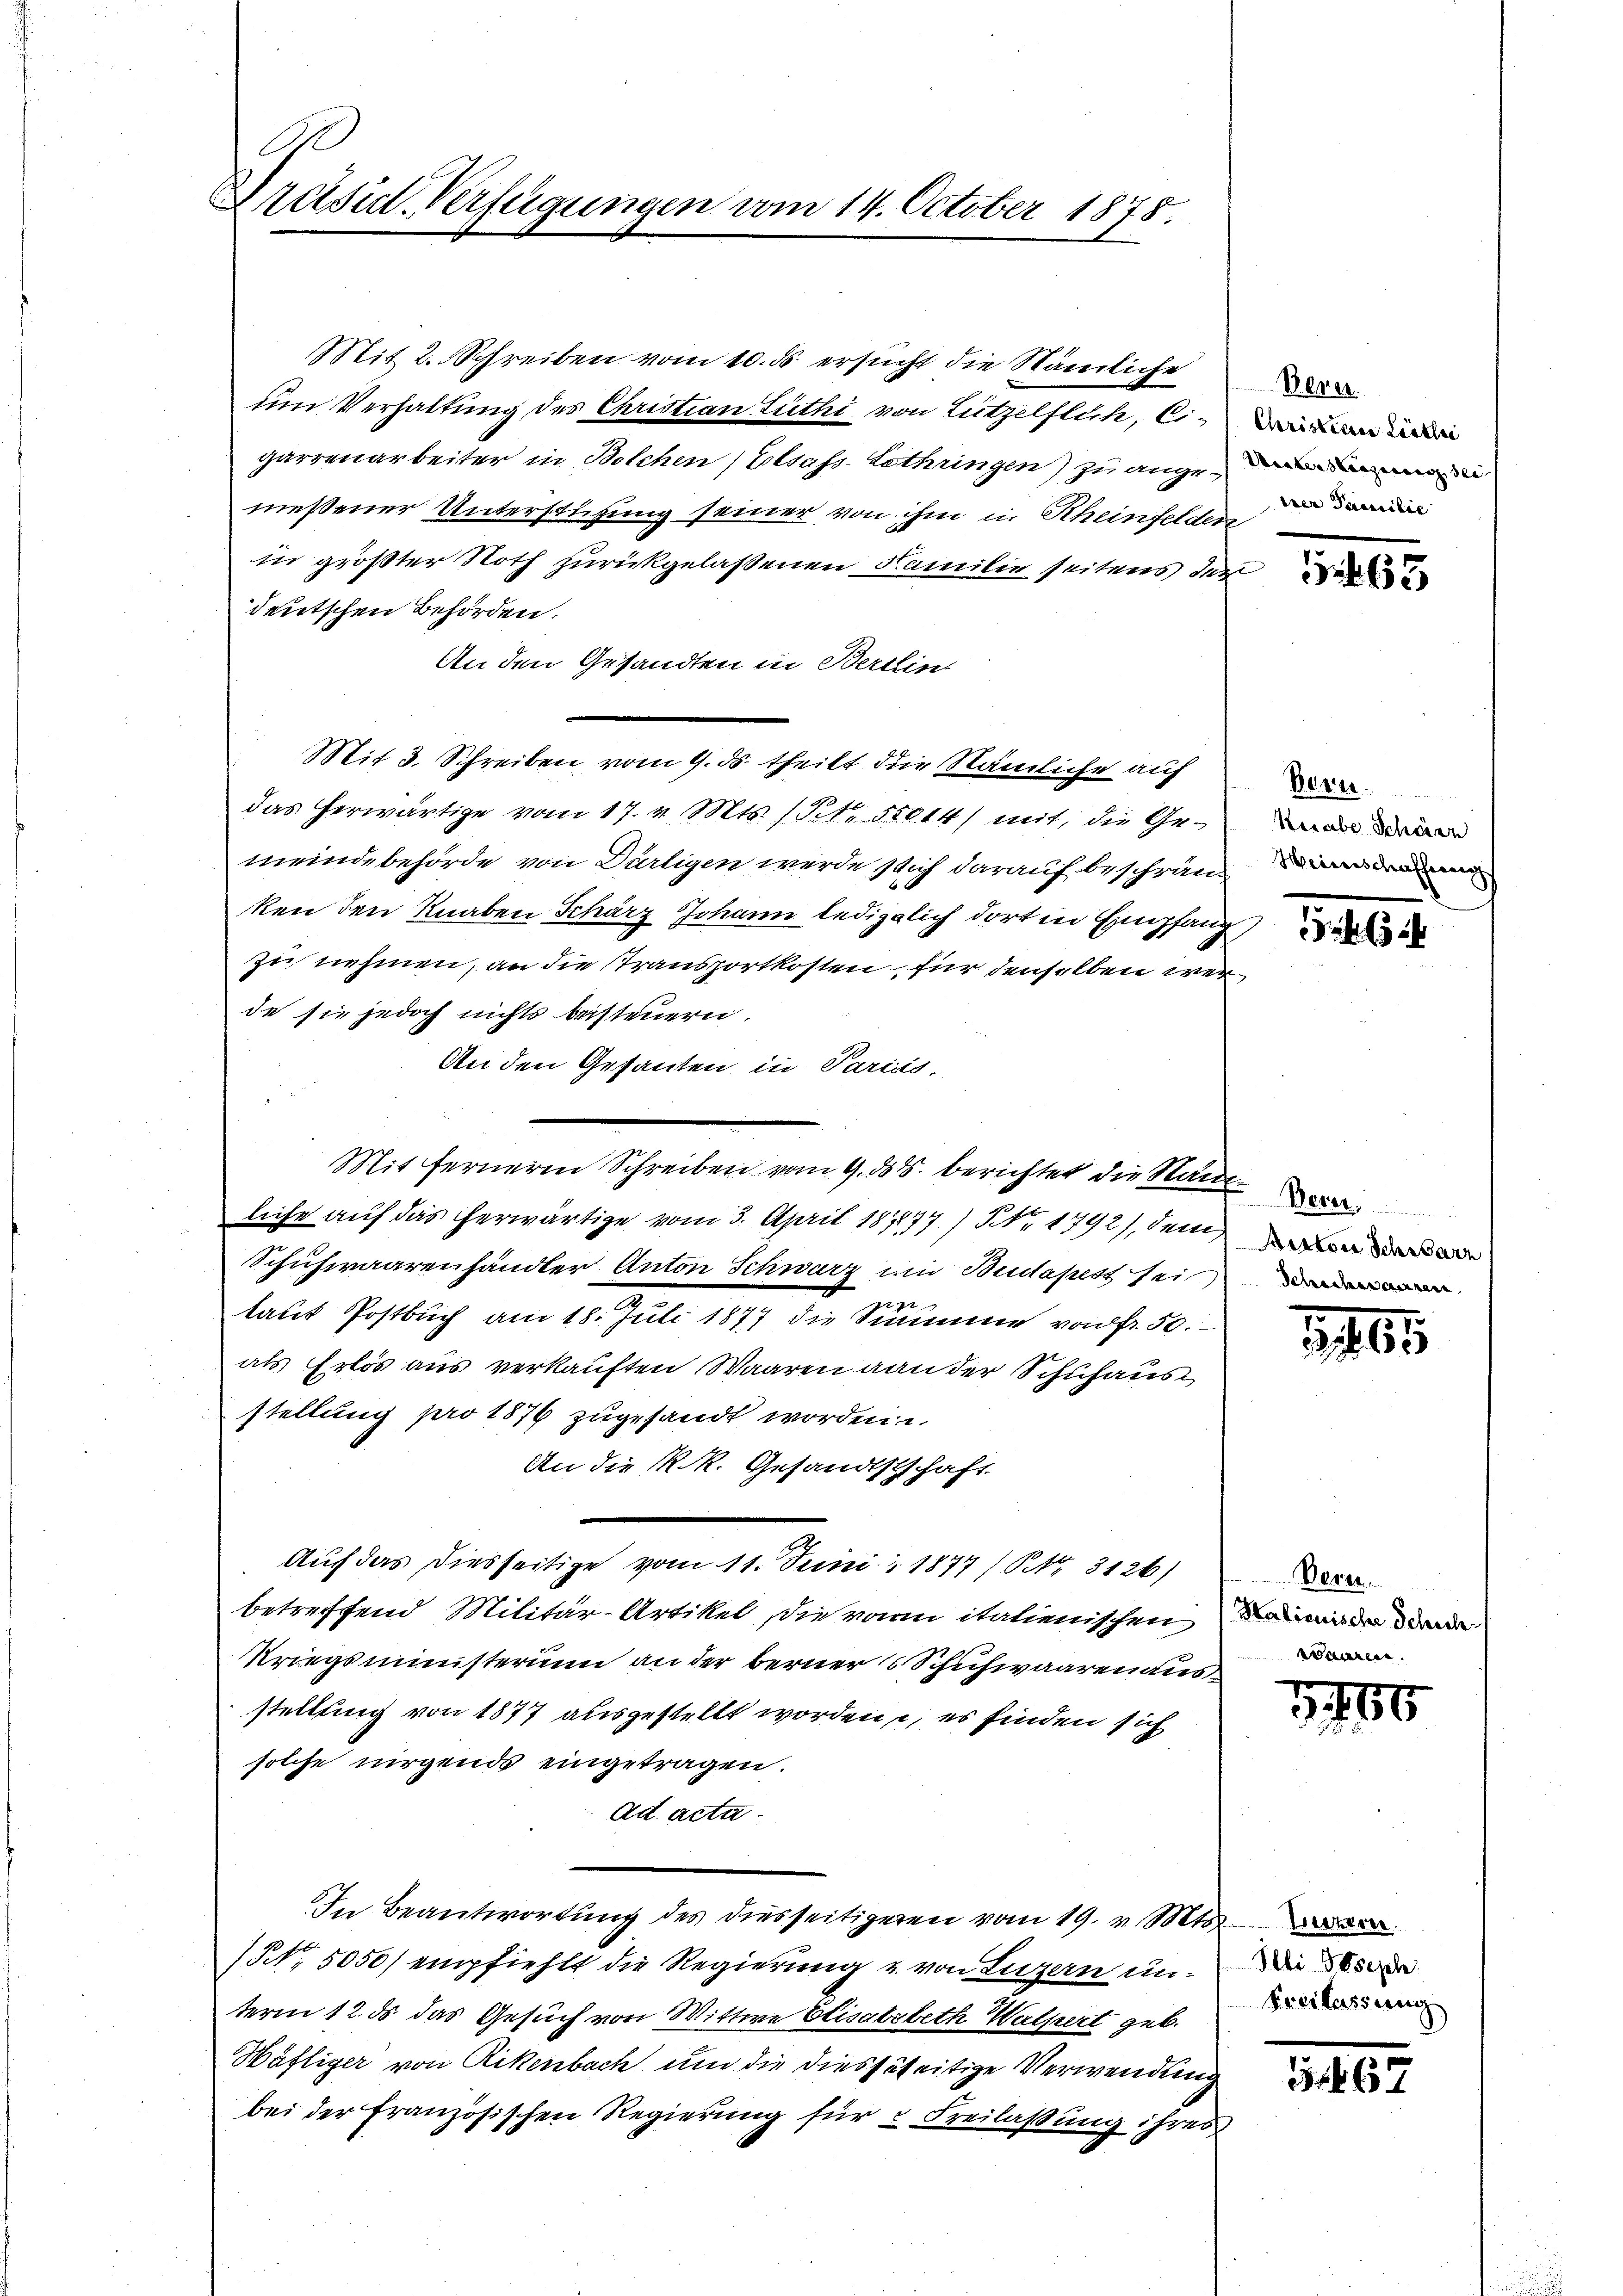
Präsid. Verfügungen vom 14. October 1878.

Mit 2. Schreiben vom 10. ds. ersucht die Nämliche
um Verhaltung des Christian Luthi, von Lützelflich, Cigarrenarbeiter in Bolchen Elsass-Lothringen) zu ange-
meßener Unterstüzung seiner von ihm in Rheinfelden
in größter Noth zurückgelassenen Familie seitens der
deutschen Behörden.
An den Gesandten in Berein
Mit 3. Schreiben, vom 9. ds. theilt die Nämliche auf
das herwärtige vom 17. v. Mts. (Tit. 35014) mit, die Ge-
meindebehörde von Dürtigen werde sich darauf beschränken den Knaben Schärz Johann lediglich dort in Empfang,
zu nehmen, an die Stransportkosten für denselben wer
de sie jedoch nichts beisteuern.
An den Gesanten in Parius,
Mit fernere Schreiben vom 9. 38. berichtet die Stücken
liche auf das herwärtige vom 3. April 187177) Nr. 1792), dem
Schuhwaarenhändler Anton Schwarz im Budapest sei
zin
laut Postbuch am 18. Juli 1877 die Simmene von fr. 50.
als Erlös aus verkauften Waaren von der Schuhaus
stellung pro 1876 zugesandt worden u.
An die K. R. Gesandtschschaft
Auf das diesseitige vom 11. Juni 1877/ NNo. 3126)
betreffend Militär-Artikel die von italienischende
Kriegsministerium an der berner Schuhwaaren aus
stellung von 1877 ausgestellt worden, es finden sich
solche nirgends eingetragen.
ad acta.
In Beantwortung des diesseitigeren vom 19. v. Mts. der
NNo. 5050/ empfiehlt die Regierung u. von Luzern und 8000
term 12. ds das Gesuch von Wittwe Elisabebeth Walpert geb.
Wäfliger von Rikenbach um die diesseseitige Verwendung
bei der Französischen Regierung für u Freilassung ihres

Bern.
rrer Familie

1465

Bern
Heiabe Schönen
Heinschaffung

4324

Schadensauren

1465

Bern.
risieren.

G,756

Preslassung

367